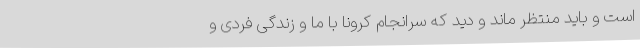
است و باید منتظر ماند و دید که سرانجام کرونا با ما و زندگی فردی و